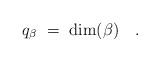
LaTeX: \begin{align*}q_{\beta}\ =\ \dim(\beta) \ \ \ .\end{align*}